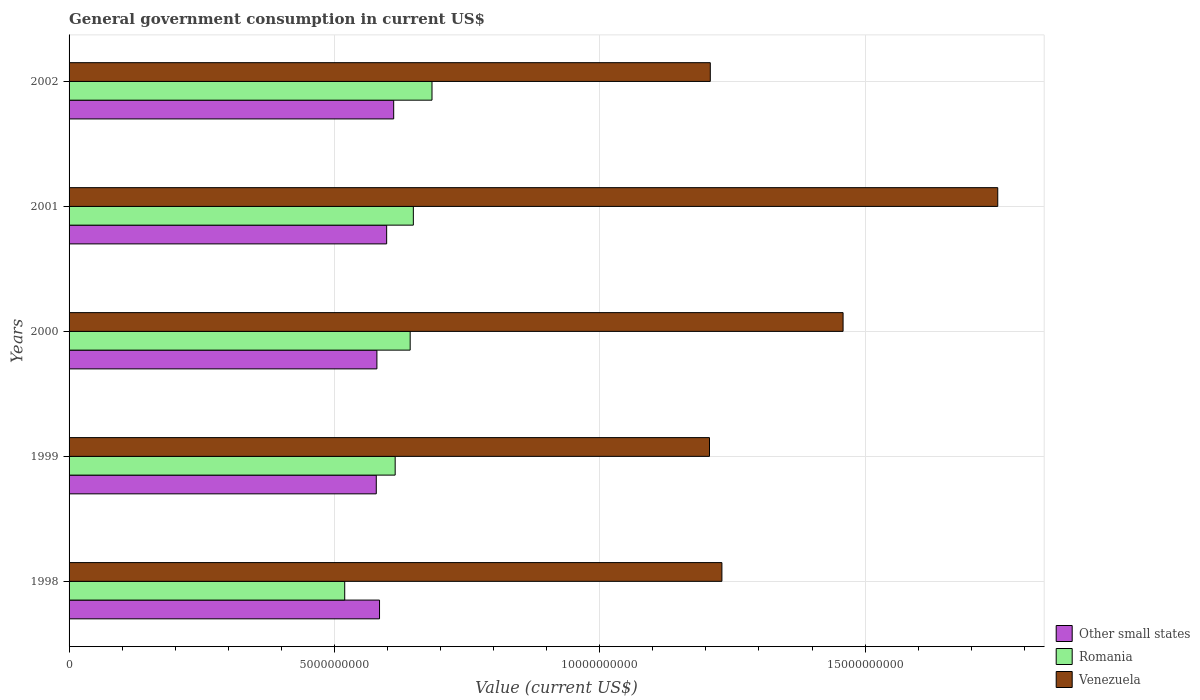
| Years | Other small states | Romania | Venezuela |
 | --- | --- | --- | --- |
 | 1998 | 5.85e+09 | 5.19e+09 | 1.23e+10 |
 | 1999 | 5.79e+09 | 6.14e+09 | 1.21e+10 |
 | 2000 | 5.8e+09 | 6.43e+09 | 1.46e+10 |
 | 2001 | 5.98e+09 | 6.49e+09 | 1.75e+10 |
 | 2002 | 6.12e+09 | 6.84e+09 | 1.21e+10 |